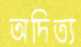
অদিত্য